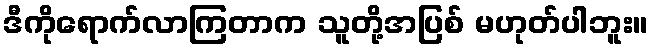
ဒီကိုရောက်လာကြတာက သူတို့အပြစ် မဟုတ်ပါဘူး။